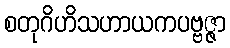
စတုဂိဟိသဟာယကပဗ္ဗဇ္ဇာ